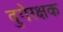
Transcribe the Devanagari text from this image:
दुगेरक्षक